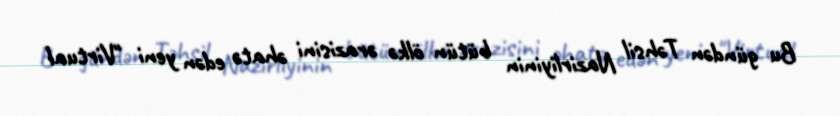
Bu gündən Təhsil Nazirliyinin bütün ölkə ərazisini əhatə edən yeni "Virtual